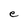
Character: e